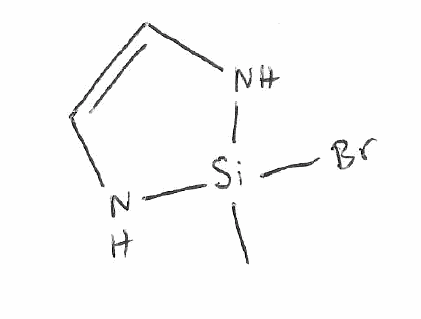
Simplified molecular-input line-entry system (SMILES) notation of the given molecule:
C[Si]1(NC=CN1)Br